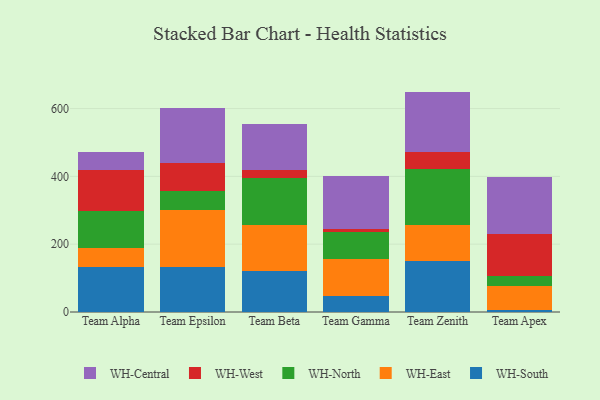
{"axis": {"x": "Team", "y": "Inventory Turnover"}, "legend": ["WH-Central", "WH-East", "WH-North", "WH-South", "WH-West"], "data": [{"x": "Team Alpha", "y": 132.4, "type": "WH-South"}, {"x": "Team Alpha", "y": 56.6, "type": "WH-East"}, {"x": "Team Alpha", "y": 110.0, "type": "WH-North"}, {"x": "Team Alpha", "y": 118.5, "type": "WH-West"}, {"x": "Team Alpha", "y": 55.0, "type": "WH-Central"}, {"x": "Team Epsilon", "y": 131.4, "type": "WH-South"}, {"x": "Team Epsilon", "y": 170.0, "type": "WH-East"}, {"x": "Team Epsilon", "y": 55.6, "type": "WH-North"}, {"x": "Team Epsilon", "y": 82.6, "type": "WH-West"}, {"x": "Team Epsilon", "y": 161.2, "type": "WH-Central"}, {"x": "Team Beta", "y": 122.1, "type": "WH-South"}, {"x": "Team Beta", "y": 133.2, "type": "WH-East"}, {"x": "Team Beta", "y": 141.3, "type": "WH-North"}, {"x": "Team Beta", "y": 21.9, "type": "WH-West"}, {"x": "Team Beta", "y": 136.8, "type": "WH-Central"}, {"x": "Team Gamma", "y": 46.7, "type": "WH-South"}, {"x": "Team Gamma", "y": 110.6, "type": "WH-East"}, {"x": "Team Gamma", "y": 77.7, "type": "WH-North"}, {"x": "Team Gamma", "y": 11.0, "type": "WH-West"}, {"x": "Team Gamma", "y": 155.0, "type": "WH-Central"}, {"x": "Team Zenith", "y": 150.6, "type": "WH-South"}, {"x": "Team Zenith", "y": 105.2, "type": "WH-East"}, {"x": "Team Zenith", "y": 166.1, "type": "WH-North"}, {"x": "Team Zenith", "y": 49.8, "type": "WH-West"}, {"x": "Team Zenith", "y": 178.3, "type": "WH-Central"}, {"x": "Team Apex", "y": 5.0, "type": "WH-South"}, {"x": "Team Apex", "y": 71.3, "type": "WH-East"}, {"x": "Team Apex", "y": 28.7, "type": "WH-North"}, {"x": "Team Apex", "y": 125.9, "type": "WH-West"}, {"x": "Team Apex", "y": 166.8, "type": "WH-Central"}]}